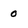
Character: 0